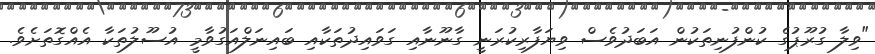
"ވިލާ ގުރޫޕުގެ ކުންފުނިތަކުން އަބަދުވެސް ވިޔަފާރިކުރަނީ ގާނޫނާއި ގަވައިދުތަކާއި ބައިނަލްއަގުވާމީ އުސޫލުތަކާ އެއްގޮތަށެވެ.